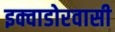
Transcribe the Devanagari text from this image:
इक्वाडोरवासी